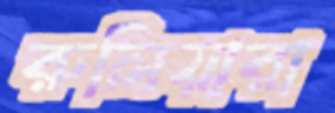
রুলিয়ারা